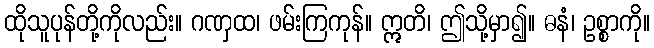
ထိုသူပုန်တို့ကိုလည်း။ ဂဏှထ၊ ဖမ်းကြကုန်။ ဣတိ၊ ဤသို့မှာ၍။ ဓနံ၊ ဥစ္စာကို။